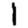
Digit: 1